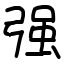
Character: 强